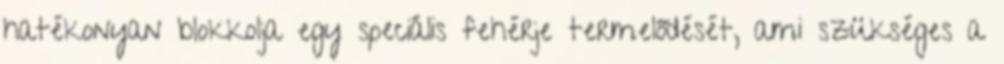
hatékonyan blokkolja egy speciális fehérje termelődését, ami szükséges a